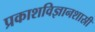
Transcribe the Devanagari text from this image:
प्रकाशविज्ञानशास्री